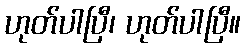
ဟုတ်ပါပြီ၊ ဟုတ်ပါပြီ။